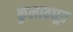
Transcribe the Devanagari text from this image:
कुलावधूत